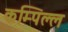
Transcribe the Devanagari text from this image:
कम्पिल्ल